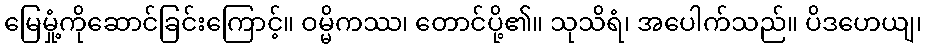
မြေမှုံ့ကိုဆောင်ခြင်းကြောင့်။ ဝမ္မိကဿ၊ တောင်ပို့၏။ သုသိရံ၊ အပေါက်သည်။ ပိဒဟေယျ၊